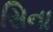
સિના